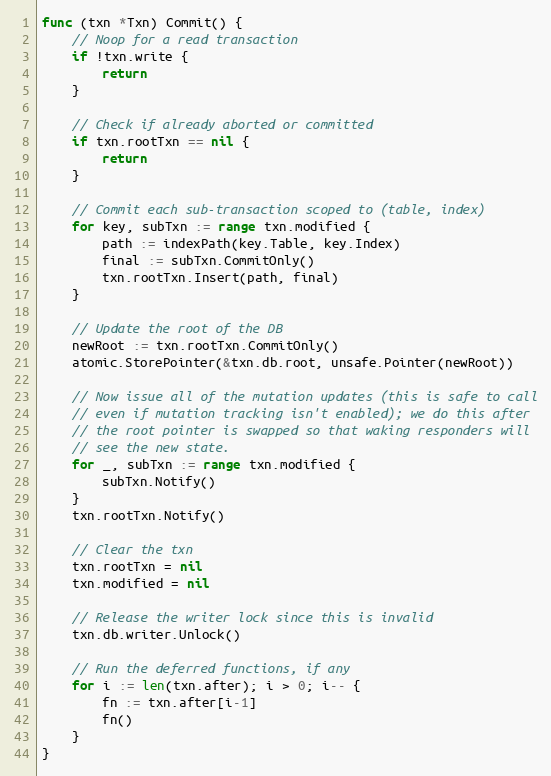
Language: Go
func (txn *Txn) Commit() {
	// Noop for a read transaction
	if !txn.write {
		return
	}

	// Check if already aborted or committed
	if txn.rootTxn == nil {
		return
	}

	// Commit each sub-transaction scoped to (table, index)
	for key, subTxn := range txn.modified {
		path := indexPath(key.Table, key.Index)
		final := subTxn.CommitOnly()
		txn.rootTxn.Insert(path, final)
	}

	// Update the root of the DB
	newRoot := txn.rootTxn.CommitOnly()
	atomic.StorePointer(&txn.db.root, unsafe.Pointer(newRoot))

	// Now issue all of the mutation updates (this is safe to call
	// even if mutation tracking isn't enabled); we do this after
	// the root pointer is swapped so that waking responders will
	// see the new state.
	for _, subTxn := range txn.modified {
		subTxn.Notify()
	}
	txn.rootTxn.Notify()

	// Clear the txn
	txn.rootTxn = nil
	txn.modified = nil

	// Release the writer lock since this is invalid
	txn.db.writer.Unlock()

	// Run the deferred functions, if any
	for i := len(txn.after); i > 0; i-- {
		fn := txn.after[i-1]
		fn()
	}
}